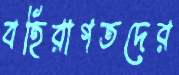
বহিরাগতদের